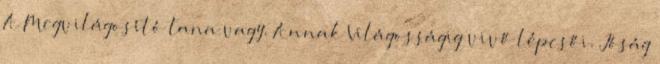
A Megvilágosító tana vagy. Annak Világosságig vivő lépcsői. Jóság